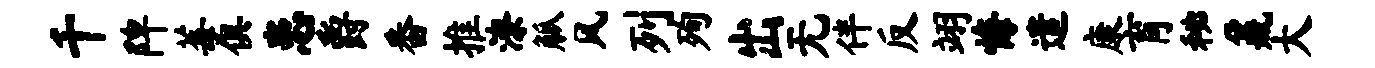
千陴莓俱患爵番推潦觚风列殉出无伴反翊悔遣康育秘鼐大